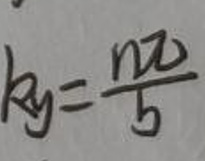
\[ k_y=\frac{n\pi}{b} \]